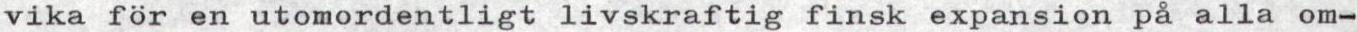
vika för en utomordentligt livskraftig finsk expansion på alla om-